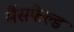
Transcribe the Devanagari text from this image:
मैंसफेल्ड